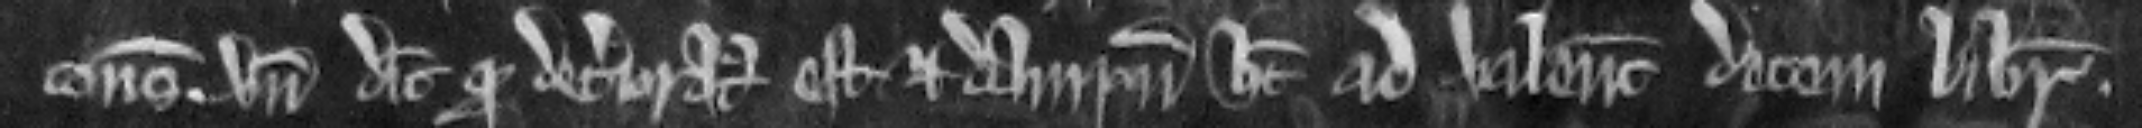
consuetudines. unde dicit quod deterioratus est et dampna habet ad valenciam decem librarum.